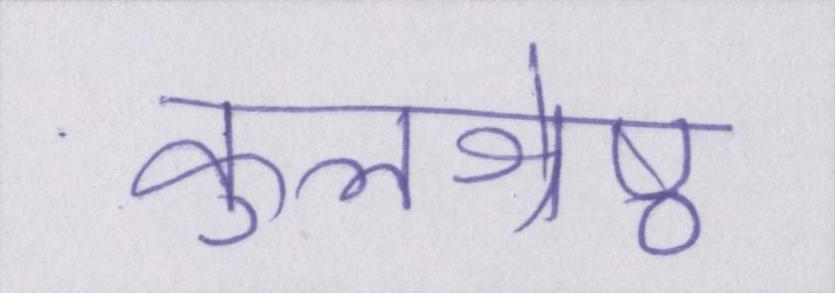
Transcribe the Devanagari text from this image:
कुलश्रेष्ठ